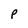
Character: p